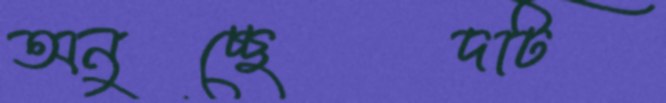
অনুচ্ছেদটি